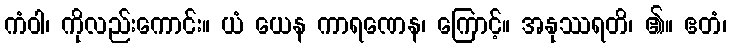
ကံဝါ၊ ကိုလည်းကောင်း။ ယံ ယေန ကာရဏေန၊ ကြောင့်။ အနုဿရတိ၊ ၏။ ဧတံ၊